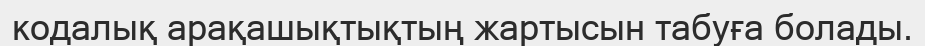
кодалық арақашықтықтың жартысын табуға болады.